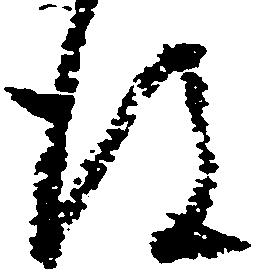
後